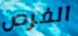
الفرص